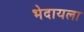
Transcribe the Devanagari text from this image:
भेदायला